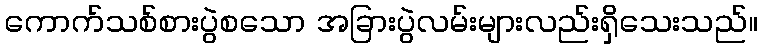
ကောက်သစ်စားပွဲစသော အခြားပွဲလမ်းများလည်းရှိသေးသည်။